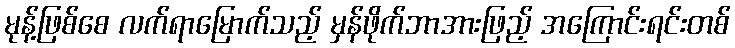
မုန့်ဖြစ်စေ လက်ရာမြောက်သည့် မှန်ဖိုက်ဘာအားဖြည့် အကြောင်းရင်းတစ်